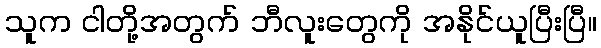
သူက ငါတို့အတွက် ဘီလူးတွေကို အနိုင်ယူပြီးပြီ။